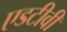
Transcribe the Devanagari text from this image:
एडटीवी